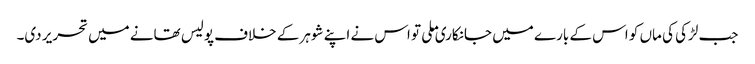
جب لڑکی کی ماں کو اس کے بارے میں جانکاری ملی تو اس نے اپنے شوہر کے خلاف پولیس تھانے میں تحریر دی۔